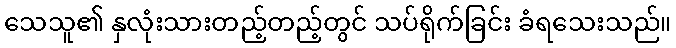
သေသူ၏ နှလုံးသားတည့်တည့်တွင် သပ်ရိုက်ခြင်း ခံရသေးသည်။